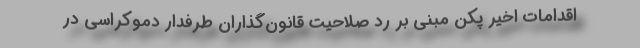
اقدامات اخیر پکن مبنی بر رد صلاحیت قانون‌گذاران طرفدار دموکراسی در